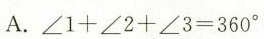
A.$$∠ 1 + ∠ 2 + ∠ 3 = 3 6 0 °$$